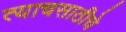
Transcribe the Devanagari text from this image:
त्याचसाठीचे